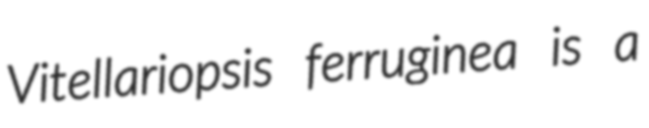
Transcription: Vitellariopsis ferruginea is a